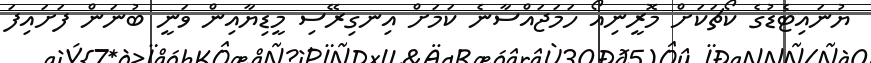
ޔުނައިޓެޑުގެ ކޯޗަކަށް މޮރީނިއޯ ހަމަޖައްސާނެ ކަމަށް އިނގިރޭސި މީޑިޔާއިން ވަނީ ބުނަން ފަށައިފަ